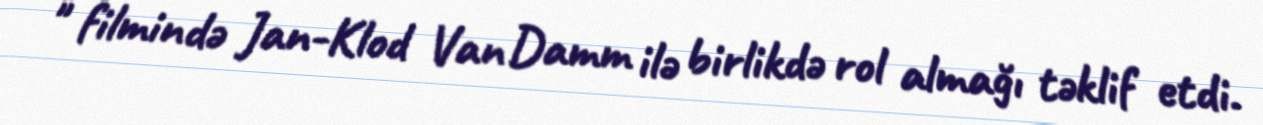
" filmində Jan-Klod Van Damm ilə birlikdə rol almağı təklif etdi.